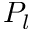
P _ { l }